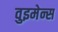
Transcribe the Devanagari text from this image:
वुइमेन्स